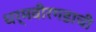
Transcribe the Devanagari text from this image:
धर्मवीरगडाची